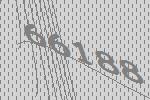
66188